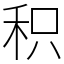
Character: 积